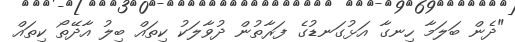
"ދެން ބަލަމާ ހިނގާ އަޅުގަނޑުގެ ފަރާތުން ދުވާލަކު ކިތައް ބިލު އާދޭތޯ ކިތައް